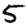
Digit: 5